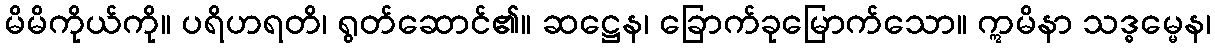
မိမိကိုယ်ကို။ ပရိဟရတိ၊ ရွတ်ဆောင်၏။ ဆဋ္ဌေန၊ ခြောက်ခုမြောက်သော။ ဣမိနာ သဒ္ဓမ္မေန၊